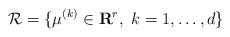
LaTeX: \begin{align*}{\cal R}=\{\mu^{(k)}\in\mathbf{R}^{r},\ k=1,\ldots, d\}\end{align*}